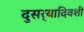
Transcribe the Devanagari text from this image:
दुसर्‍यादिवशी